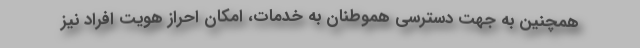
همچنین به جهت دسترسی هموطنان به خدمات، امکان احراز هویت افراد نیز